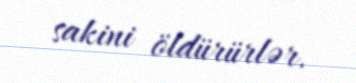
sakini öldürürlər.